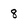
Character: 8